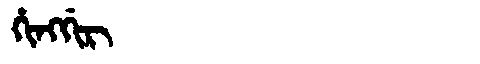
Manchu: ᡥᡳᠩᡤᡳᡵ
Romanization: HINGGIR